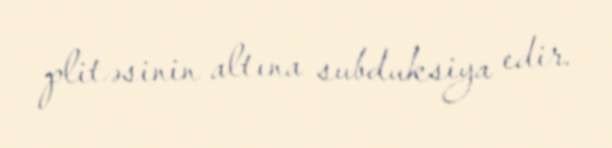
plitəsinin altına subduksiya edir.